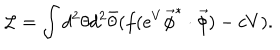
LaTeX: { \cal L } = \int d ^ { 2 } \theta d ^ { 2 } \bar { \theta } ( f ( e ^ { V } \vec { \phi } ^ { * } \cdot \vec { \phi } ) - c V ) .